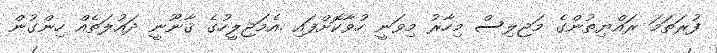
ފުރަތަމަ ރައްޔިތުންގެ މަޖިލިސް މިހާރު މިވަނީ ހުވާކޮށްފައި .އެމަޖިލީހުގެ ޤާނޫނީ ދައުލަތެއް ހިންގުން